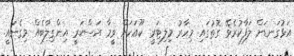
އަޅުގަނޑަށް ލަފާކުރެވޭ ގޮތުގައި މިހާރު މިލިޓަރީ ކޫއަކަށް ވީމާ އަސްކަރީ އިންގިލާބެއް މިގެނައީ.